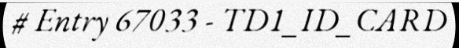
# Entry 67033 - TD1_ID_CARD